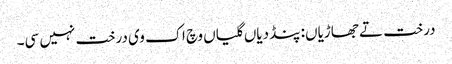
درخت تے جھاڑیاں: پنڈ دیاں گلیاں وچ اک وی درخت نہیں سی۔